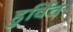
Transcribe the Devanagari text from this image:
हुर्वित